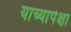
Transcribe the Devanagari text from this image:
याच्यापेक्षा